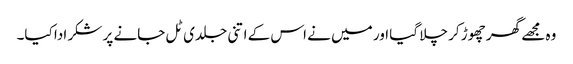
وہ مجھے گھر چھوڑ کر چلا گیا اور میں نے اس کے اتنی جلدی ٹل جانے پر شکر ادا کیا۔